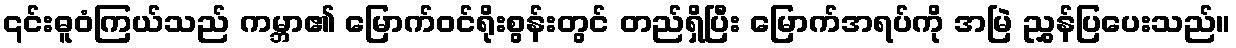
၎င်းဓူဝံကြယ်သည် ကမ္ဘာ၏ မြောက်ဝင်ရိုးစွန်းတွင် တည်ရှိပြီး မြောက်အရပ်ကို အမြဲ ညွှန်ပြပေးသည်။